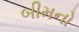
બીમનો